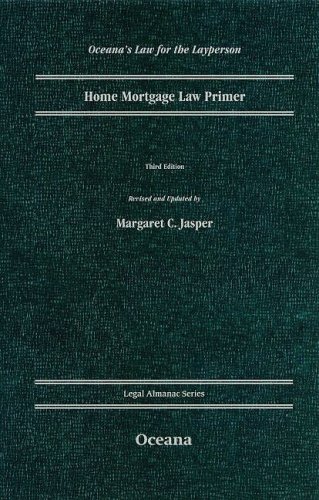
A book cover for Home Mortgage Law Primer: Third Edition |a 3rd ed |b 3/e |n 03 (Legal Almanac); Margaret C Jasper; Law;